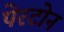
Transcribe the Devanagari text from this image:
पेरटोन